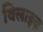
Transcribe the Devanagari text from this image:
बिलाइज़